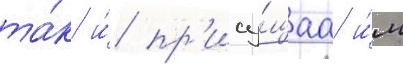
та́к и́ пр'ису́щаа и́м